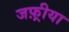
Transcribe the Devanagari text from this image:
जफ़्रीया